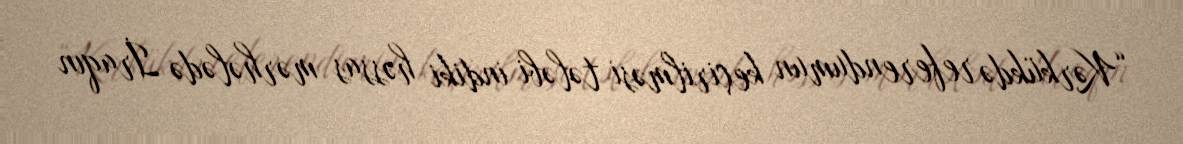
“Kərkükdə referendumun keçirilməsi tələbi indiki həssas mərhələdə İraqın